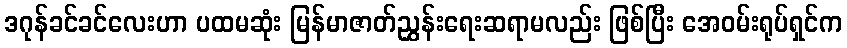
ဒဂုန်ခင်ခင်လေးဟာ ပထမဆုံး မြန်မာဇာတ်ညွှန်းရေးဆရာမလည်း ဖြစ်ပြီး အေဝမ်းရုပ်ရှင်က